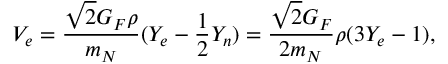
V _ { e } = \frac { \sqrt { 2 } G _ { F } \rho } { m _ { N } } ( Y _ { e } - \frac { 1 } { 2 } Y _ { n } ) = \frac { \sqrt { 2 } G _ { F } } { 2 m _ { N } } \rho ( 3 Y _ { e } - 1 ) ,